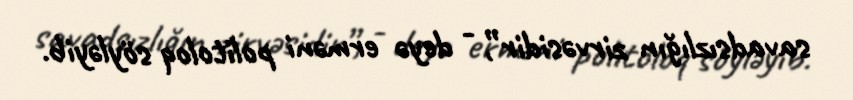
savadsızlığın zirvəsidir”, - deyə erməni politoloq söyləyib.